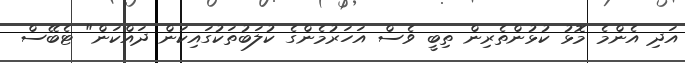
އަދި އެންމެ މޮޅު ކުޅުންތެރިން ތިބީ ވެސް އަހަރުމެންގެ ކުލަބުތަކުގައިކަން ދައްކަން" ޓެބޭސް